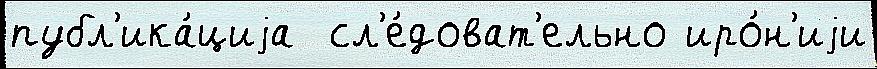
публ'ика́циjа  сл'е́доват'ельно иро́н'иjи